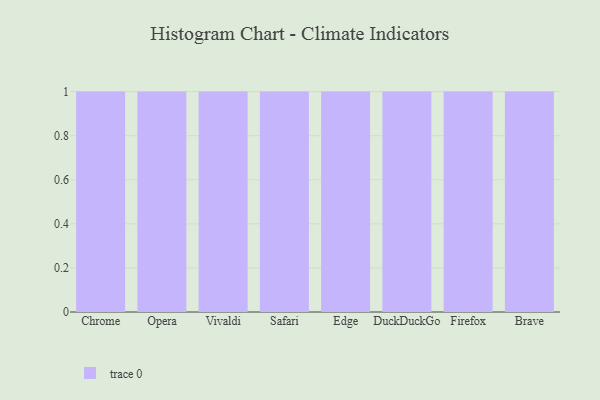
{"axis": {"x": "Browser", "y": "Market Share (%)"}, "legend": [""], "data": [{"x": "Chrome", "y": 53, "type": ""}, {"x": "Opera", "y": 1, "type": ""}, {"x": "Vivaldi", "y": 80, "type": ""}, {"x": "Safari", "y": 5, "type": ""}, {"x": "Edge", "y": 2, "type": ""}, {"x": "DuckDuckGo", "y": 6, "type": ""}, {"x": "Firefox", "y": 60, "type": ""}, {"x": "Brave", "y": 61, "type": ""}]}